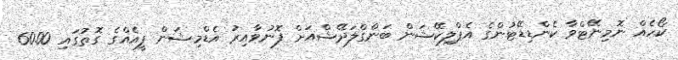
ކޯހެއް ނޮމިނޭޓްވާ ކެންޑިޑޭޓުންގެ އެޕްލިކޭޝަން ބަންގްލަދޭޝްއަށް ފޮނުވާއިރު އެޑްމިޝަން ފީއެއްގެ ގޮތުގައި 60.00